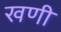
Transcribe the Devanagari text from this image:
खणी